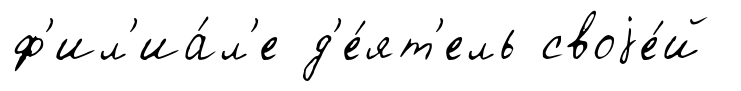
ф'ил'иа́л'е д'е́ят'ель своjе́й